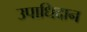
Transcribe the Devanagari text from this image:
उपाधिदान